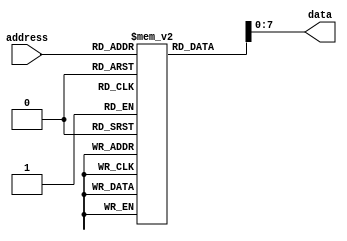
module mask_programmed_ROM (
    input [ADDRESS_WIDTH-1:0] address,
    output reg [DATA_WIDTH-1:0] data
);

parameter MEM_BLOCK_SIZE = 8;
parameter ADDRESS_WIDTH = 8;
parameter DATA_WIDTH = 8;

reg [MEM_BLOCK_SIZE*DATA_WIDTH-1:0] rom [2**ADDRESS_WIDTH-1:0];

initial begin
    // Initialize the ROM with fixed values
    // Example initialization:
    // for (int i = 0; i < 2**ADDRESS_WIDTH; i = i + 1) begin
    //     rom[i] = i * 2; // Example value
    // end
end

always @(*) begin
    // Retrieve data from the ROM based on the address inputs
    data = rom[address];
end

endmodule